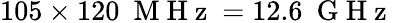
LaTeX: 105\times 120~\mathrm{~M~H~z~}=12.6~\mathrm{~G~H~z~}